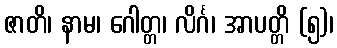
ဇာတိ၊ နာမ၊ ဂေါတ္တ၊ လိင်္ဂ၊ အာပတ္တိ (၅)၊